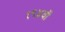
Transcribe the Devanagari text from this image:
१९४वॉ